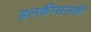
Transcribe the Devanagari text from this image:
हलकीसलकी